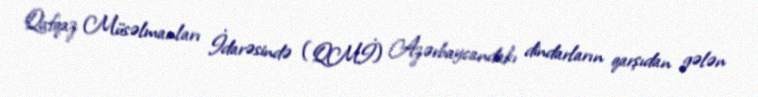
Qafqaz Müsəlmanları İdarəsində (QMİ) Azərbaycandakı dindarların qarşıdan gələn